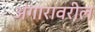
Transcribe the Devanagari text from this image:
अंगारावरील